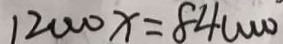
1 2 0 0 0 x = 8 4 0 0 0 0 ^ { \cdot }